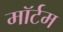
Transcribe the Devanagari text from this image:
मॉर्टम